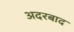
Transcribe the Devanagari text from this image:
अदरबाद